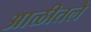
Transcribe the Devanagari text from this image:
आळीतले